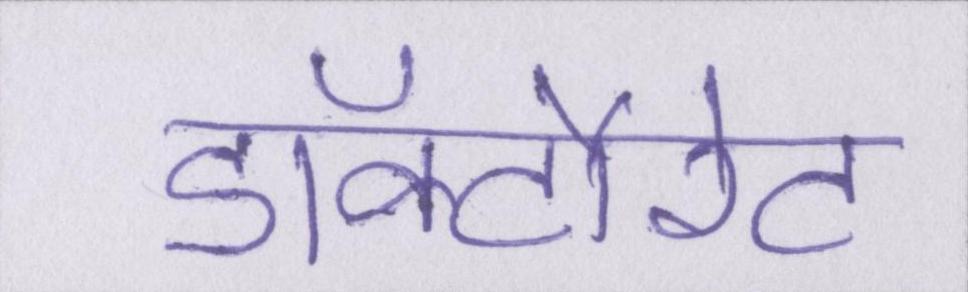
डॉक्टौरेट